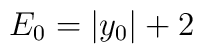
E_0 = \vert y_0 \vert +2